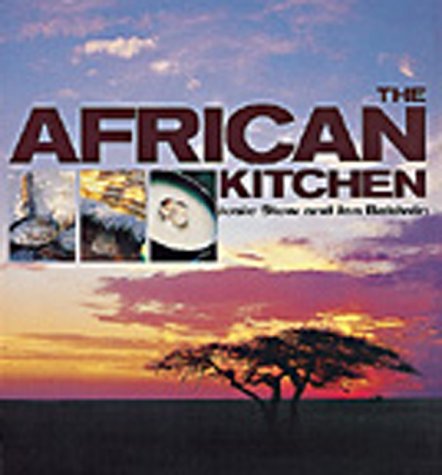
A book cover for The African Kitchen: A Day in the Life of a Safari Chef (Cookbooks); Josie Stow; Cookbooks, Food & Wine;